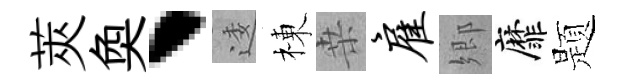
莢奐、逶棟桒雇郷靡题